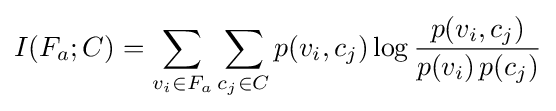
I(F_{a};C)=\sum _{v_{i}\in F_{a}}\sum _{c_{j}\in C}p(v_{i},c_{j})\log {\frac {p(v_{i},c_{j})}{p(v_{i})\,p(c_{j})}}